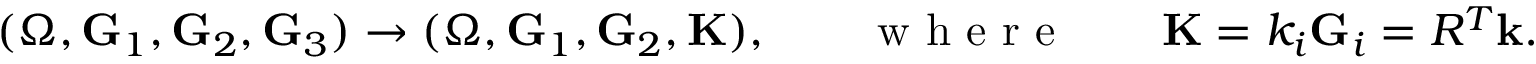
\begin{array} { r } { ( { \boldsymbol \Omega } , { \bf G } _ { 1 } , { \bf G } _ { 2 } , { \bf G } _ { 3 } ) \rightarrow ( { \boldsymbol \Omega } , { \bf G } _ { 1 } , { \bf G } _ { 2 } , { \bf K } ) , \qquad \mathrm { ~ w ~ h ~ e ~ r ~ e ~ } \qquad { \bf K } = k _ { i } { \bf G } _ { i } = R ^ { T } { \bf k } . } \end{array}